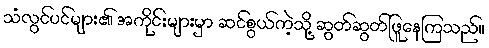
သံလွင်ပင်များ၏ အကိုင်းများမှာ ဆင်စွယ်ကဲ့သို့ ဆွတ်ဆွတ်ဖြူနေကြသည်။